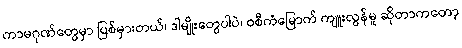
ကာမဂုဏ်တွေမှာ ပြစ်မှားတယ်၊ ဒါမျိုးတွေပါပဲ၊ ဝစီကံမြောက် ကျူးလွန်မှု ဆိုတာကတော့